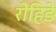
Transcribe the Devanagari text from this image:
रोहिङे